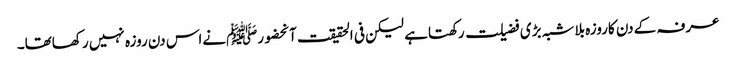
عرفہ کےدن کاروزہ بلاشبہ بڑی فضیلت رکھتاہے لیکن فی الحقیقت آنحضورﷺنےاس دن روزہ نہیں رکھاتھا۔